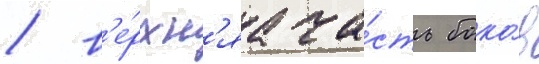
/ в'е́рхн'яа ча́сть боко́в